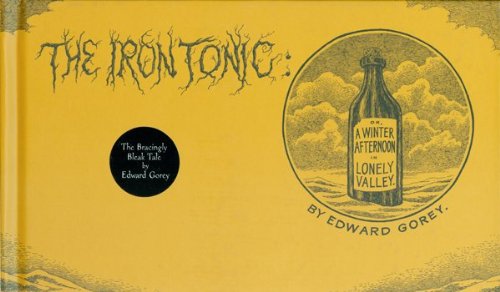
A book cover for The Iron Tonic: Or, A Winter Afternoon in Lonely Valley; Edward Gorey; Comics & Graphic Novels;